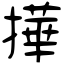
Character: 撶